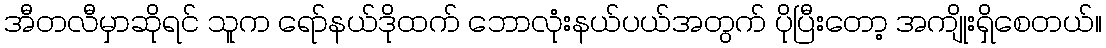
အီတလီမှာဆိုရင် သူက ရော်နယ်ဒိုထက် ဘောလုံးနယ်ပယ်အတွက် ပိုပြီးတော့ အကျိုးရှိစေတယ်။